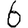
Digit: 6